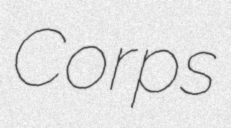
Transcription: Corps